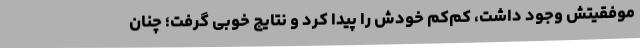
موفقیتش وجود داشت، کم‌کم خودش را پیدا کرد و نتایج خوبی گرفت؛ چنان